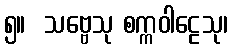
၅။  သဗ္ဗေသု စက္ကဝါဠေသု၊